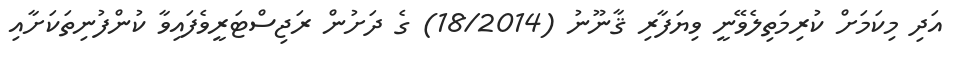
އަދި މިކަމަށް ކުރިމަތިލެވޭނީ ވިޔަފާރި ޤާނޫނު (18/2014) ގެ ދަށުން ރަޖިސްޓަރީވެފައިވާ ކުންފުނިތަކަށާއި